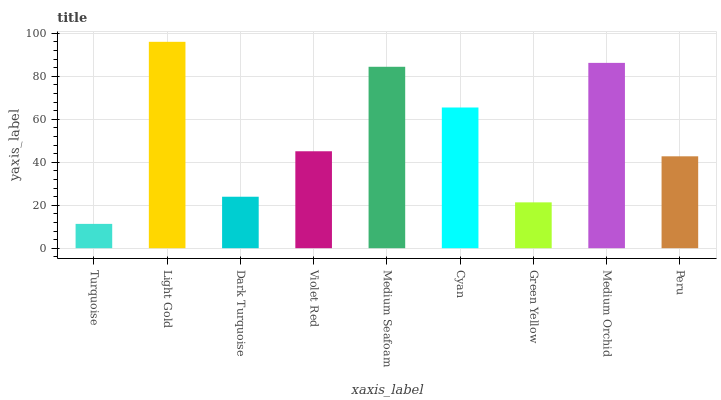
| xaxis_label | bars |
 | --- | --- |
 | Turquoise | 11.3 |
 | Light Gold | 96 |
 | Dark Turquoise | 23.9 |
 | Violet Red | 45.1 |
 | Medium Seafoam | 84.4 |
 | Cyan | 65.5 |
 | Green Yellow | 21.3 |
 | Medium Orchid | 86.2 |
 | Peru | 42.8 |